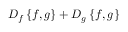
D _ { f } \left\{ f , g \right\} + D _ { g } \left\{ f , g \right\}